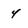
Character: 4